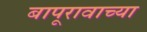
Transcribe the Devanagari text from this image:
बापूरावाच्या